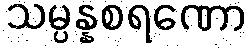
သမ္ပန္နစရဏော